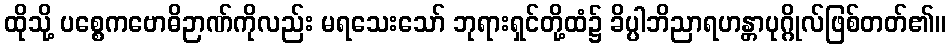
ထိုသို့ ပစ္စေကဗောဓိဉာဏ်ကိုလည်း မရသေးသော် ဘုရားရှင်တို့ထံ၌ ခိပ္ပါဘိညာရဟန္တာပုဂ္ဂိုလ်ဖြစ်တတ်၏။